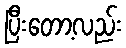
ပြီးတော့လည်း